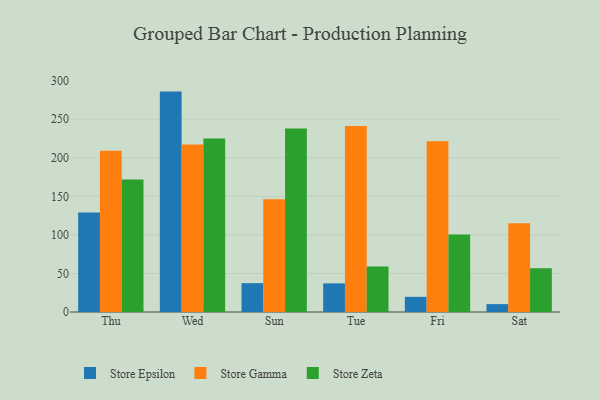
{"axis": {"x": "Day", "y": "Churn Rate (%)"}, "legend": ["Store Epsilon", "Store Gamma", "Store Zeta"], "data": [{"x": "Thu", "y": 128.9, "type": "Store Epsilon"}, {"x": "Thu", "y": 209.0, "type": "Store Gamma"}, {"x": "Thu", "y": 171.8, "type": "Store Zeta"}, {"x": "Wed", "y": 285.8, "type": "Store Epsilon"}, {"x": "Wed", "y": 217.3, "type": "Store Gamma"}, {"x": "Wed", "y": 224.9, "type": "Store Zeta"}, {"x": "Sun", "y": 37.4, "type": "Store Epsilon"}, {"x": "Sun", "y": 146.1, "type": "Store Gamma"}, {"x": "Sun", "y": 238.0, "type": "Store Zeta"}, {"x": "Tue", "y": 37.1, "type": "Store Epsilon"}, {"x": "Tue", "y": 241.2, "type": "Store Gamma"}, {"x": "Tue", "y": 59.1, "type": "Store Zeta"}, {"x": "Fri", "y": 19.7, "type": "Store Epsilon"}, {"x": "Fri", "y": 221.3, "type": "Store Gamma"}, {"x": "Fri", "y": 100.4, "type": "Store Zeta"}, {"x": "Sat", "y": 10.2, "type": "Store Epsilon"}, {"x": "Sat", "y": 115.0, "type": "Store Gamma"}, {"x": "Sat", "y": 56.8, "type": "Store Zeta"}]}